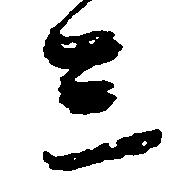
ミ